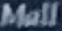
Mall